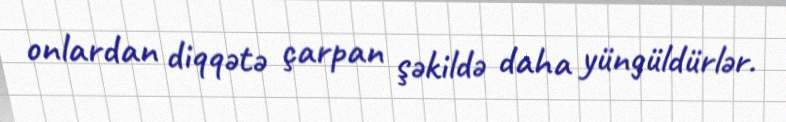
onlardan diqqətə çarpan şəkildə daha yüngüldürlər.